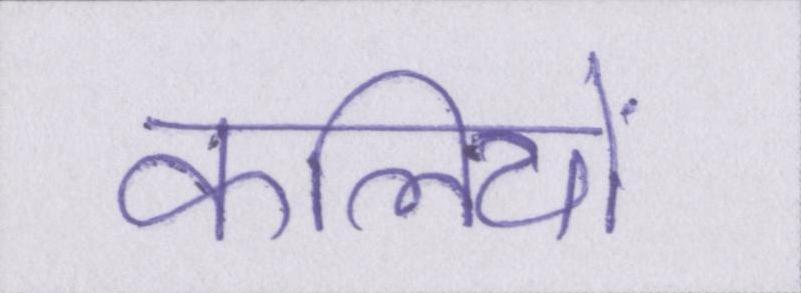
कलियों